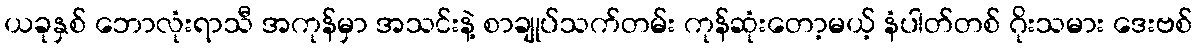
ယခုနှစ် ဘောလုံးရာသီ အကုန်မှာ အသင်းနဲ့ စာချုပ်သက်တမ်း ကုန်ဆုံးတော့မယ့် နံပါတ်တစ် ဂိုးသမား ဒေးဗစ်